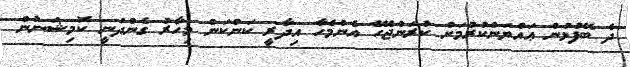
ދެ ބޭފުޅުން ޢައްޔަންކުރުމަށް ކުރަންޖެހޭ އެންމެހާ އިދާރީ ކަންކަން މިހާރު ގެންދަނީ ކޮމިޝަނުން